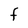
Character: f